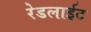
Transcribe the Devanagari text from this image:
रेडलाईट